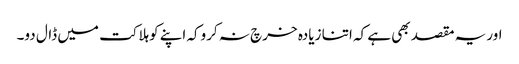
اوریہ مقصد بھی ہے کہ اتنا زیادہ خرچ نہ کروکہ اپنے کوہلاکت میں ڈال دو۔